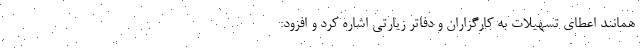
همانند اعطای تسهیلات به کارگزاران و دفاتر زیارتی اشاره کرد و افزود: